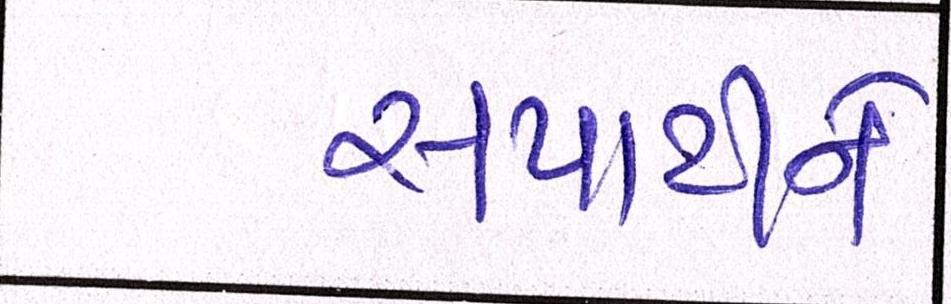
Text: સપાટીને